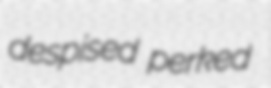
despised perked